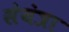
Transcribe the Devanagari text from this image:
संयंत्रा